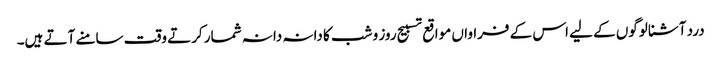
درد آشنا لوگوں کے لیے اس کے فراواں مواقع تسبیح روز و شب کا دانہ دانہ شمار کرتے وقت سامنے آتے ہیں۔